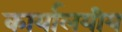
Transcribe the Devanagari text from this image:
कार्यालयीय